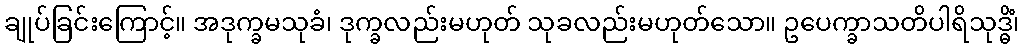
ချုပ်ခြင်းကြောင့်။ အဒုက္ခမသုခံ၊ ဒုက္ခလည်းမဟုတ် သုခလည်းမဟုတ်သော။ ဥပေက္ခာသတိပါရိသုဒ္ဓိံ၊